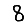
Digit: 8